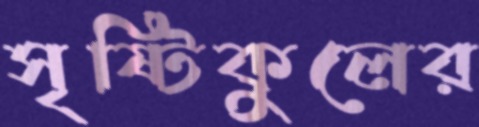
সৃষ্টিকুলের